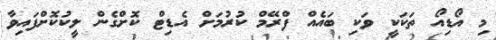
މި އޯޑިއޯ ތަކަކީ ވަކި ބައެއް ފްރޭމް ކުރުމަށް އެޑިޓް ކޮށްގެން ލީކުކޮށްފައިވާ